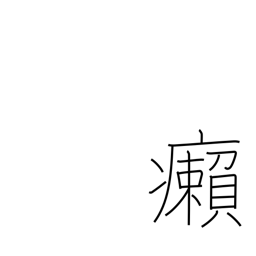
Meaning: leprosy